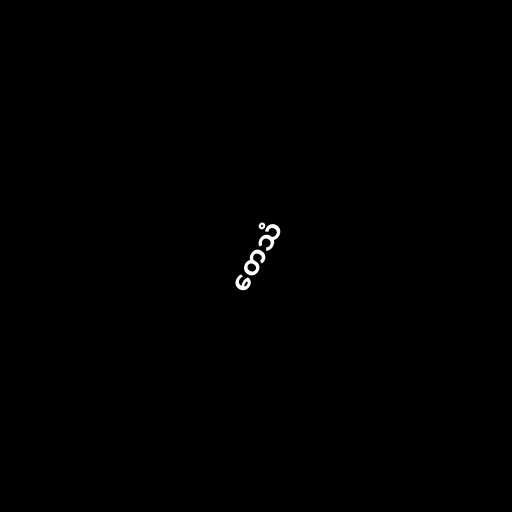
တေသံ